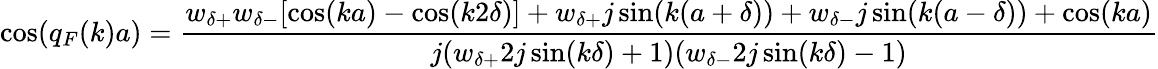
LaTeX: \cos(q_{F}(k)a)=\frac{w_{\delta+}w_{\delta-}[\cos(ka)-\cos(k2\delta)]+w_{\delta+}j\sin(k(a+\delta))+w_{\delta-}j\sin(k(a-\delta))+\cos(ka)}{j(w_{\delta+}2j\sin(k\delta)+1)(w_{\delta-}2j\sin(k\delta)-1)}